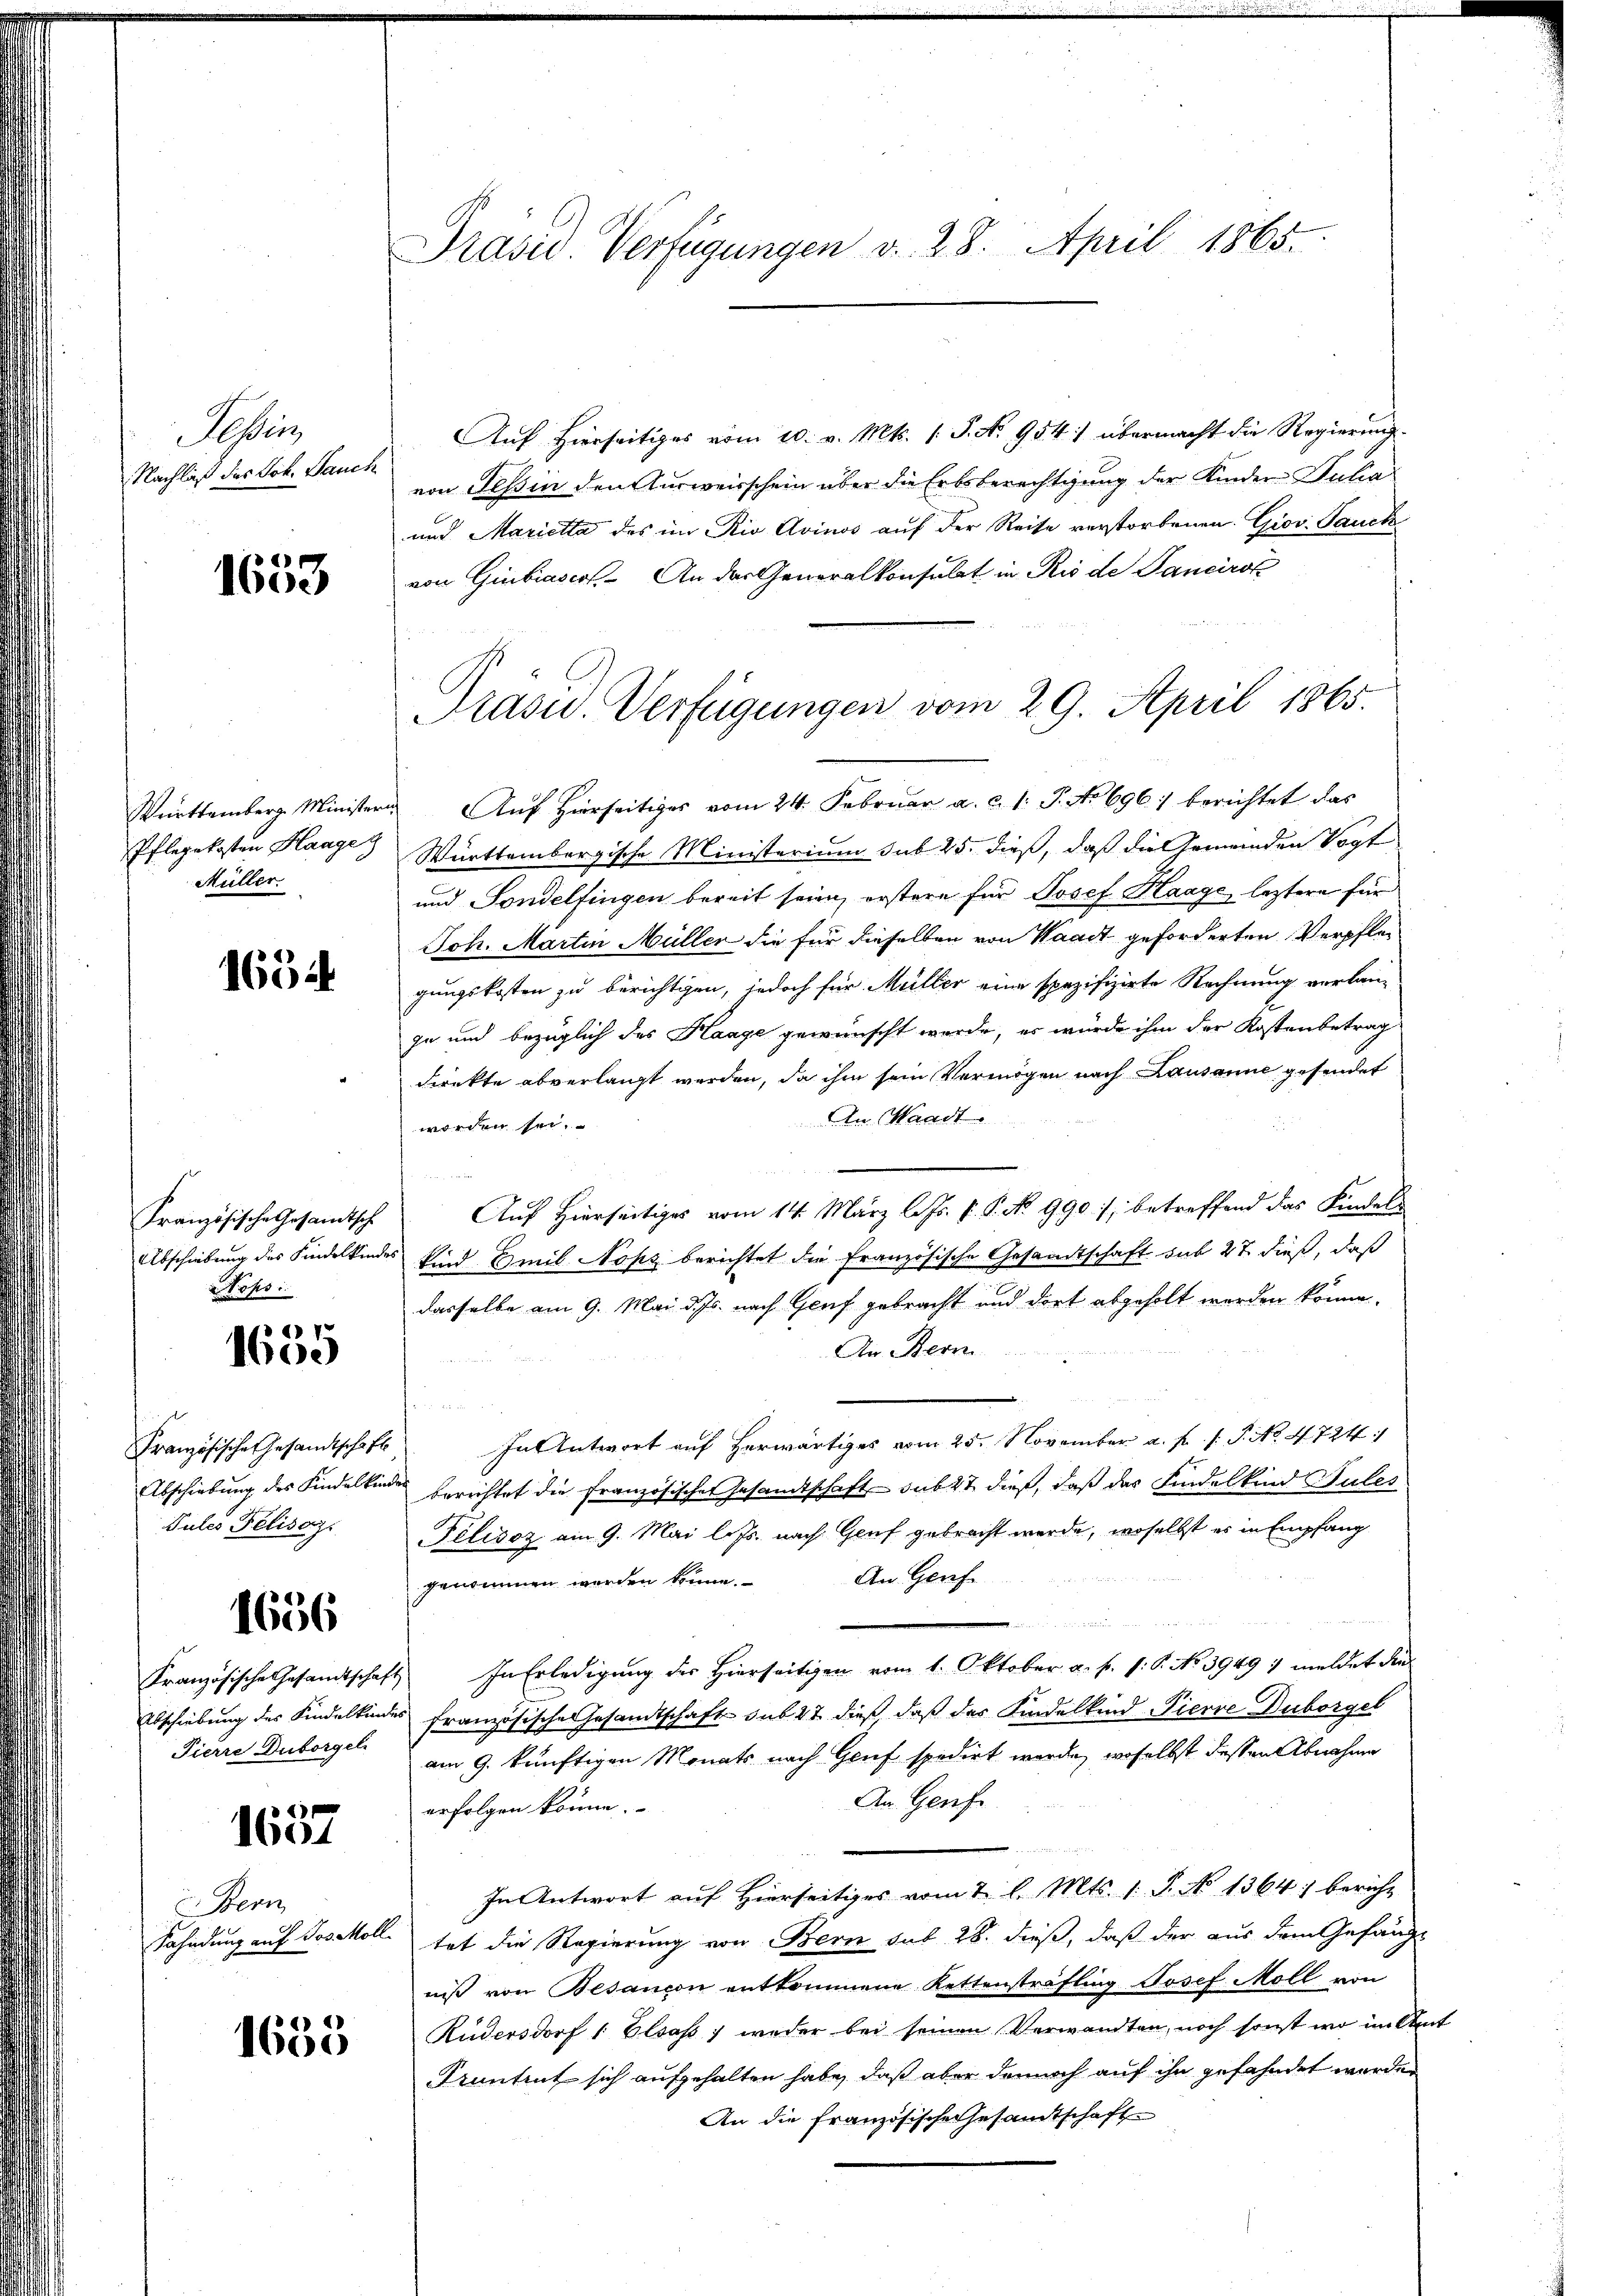
Sein
Nachlaß des Joh. Jauch

r
1600

Pflegekosten Haage
Müller.

1654

Französische Gesandtsche
ops

1655

Französische Gesandtschaft
Pules Pelisaz

1656

Pierre Duborgel

1637

Bern
Fahndung auf Jos Moll

1633

Präsid. Verfügungen v. 28. April 1865.

Auf Hierseitiges vom 10. v. Mts. (T. N. 954:) übermacht die Regierung
von Tessin den Ausweisschein über die Erbsberechtigung der Kinder Susan
und Marietta des im Rio Avinos auf der Reise verstorbenen Giov Sauckvon Giubiascr. An der Generalkonsulat in Rio de Sancirok
Württemberg. Ministern Aŭf Hierseitiges vom 24. Febrŭar a. c. 1: P. No 696) berichtet das
Württembergische Ministerium sub 25. dieß, daß die Gemeinden Vogt
und Sondelfingen bereit seien, erstere für Josef Haage, leztere für
Joh. Martin Müller die für dieselben von Waadt geforderten Verpflegungskosten zu berichtigen, jedoch für Müller eine spezifizirte Rechnung verlan-
ja und bezüglich des Haage gewünscht werde, er würde ihm der Kostenbetrag
direkte abverlangt werden, da ihm sein Vermögen nach Lausanne gesendet
An Waadt.
worden sei.
Auf Hierseitiges vom 14. März l. Js. f. P. No 990), betreffend das Kindels
Abschiebung des Kindelkindes Kind Emil Nops berichtet die Französische Gesandtschaft sub 27. dieß, daß
dasselbe am 9. Mai d. Js. nach Genf gebracht und dort abgeholt werden könne.
An Bern
In Antwort auf herwärtiges vom 25. November a. f. 1. P. No. 4724/
Abschiebung des Kindelkinde berichtet die französischer Gesandtschaft sub 27 dieß, daß das Findelkind Sules
Félisoz am 9. Mai lots. nach Genf gebracht werde, woselbst es in Empfang
An Gerefe
genommen werden könne.
u
Französische Gesandtschaft In Erledigung der Hierseitigen vom 1. Oktober a. f. 1: P. No 3949 1 meldet die
Abschiebung des Kindelkindes französische Gesandtschaft sub 27 dieß, daß das Kindelkind Pierre Duborgel
am 9. künftigen Monats nach Genf spedirt werden, woselbst dessen Abnahme
An Genfe
erfolgen könne.
u
In Antwort auf hierseitiges vom 7 l. Mts. 1. P. No 1364 bericht
tat die Regierung von Bern sub 28. dieß, daß der aus dem Gefängnis von Besançon entkommene Kettensträfling Josef Moll von
Rüdersdorf 1 Elsaß, weder bei seinen Verwandten, noch sonst wo in An
Pruntrut sich aufgehalten habe, daß aber dennoch auf ihn gefahndet werden
An die Französische Gesamtschaft

Präsid. Verfügungen vom 29. April 1865.